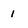
Character: I